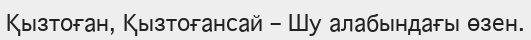
Қызтоған, Қызтоғансай – Шу алабындағы өзен.